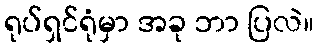
ရုပ်ရှင်ရုံမှာ အခု ဘာ ပြလဲ။